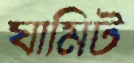
ঘামিট